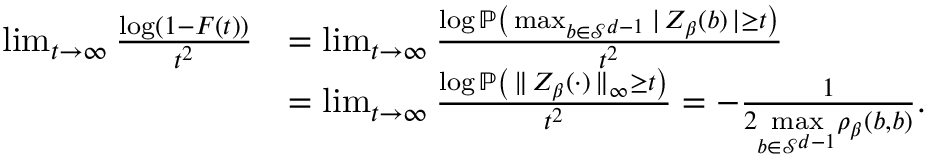
\begin{array} { r l } { \operatorname* { l i m } _ { t \to \infty } \frac { \log ( 1 - F ( t ) ) } { t ^ { 2 } } } & { = \operatorname* { l i m } _ { t \to \infty } \frac { \log \mathbb { P } \left( \, \operatorname* { m a x } _ { b \in \mathcal { S } ^ { d - 1 } } | \, Z _ { \beta } ( b ) \, | \geq t \right) } { t ^ { 2 } } } \\ & { = \operatorname* { l i m } _ { t \to \infty } \frac { \log \mathbb { P } \left( \, \| \, Z _ { \beta } ( \cdot ) \, \| _ { \infty } \geq t \right) } { t ^ { 2 } } = - \frac { 1 } { 2 \underset { b \in \mathcal { S } ^ { d - 1 } } { \operatorname* { m a x } } \rho _ { \beta } ( b , b ) } . } \end{array}